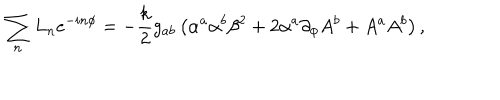
\sum _ { n } L _ { n } e ^ { - i n \phi } = - { \frac { k } { 2 } } g _ { a b } \left( \alpha ^ { a } \alpha ^ { b } \beta ^ { 2 } + 2 \alpha ^ { a } \partial _ { \phi } A ^ { b } + A ^ { a } A ^ { b } \right) ,